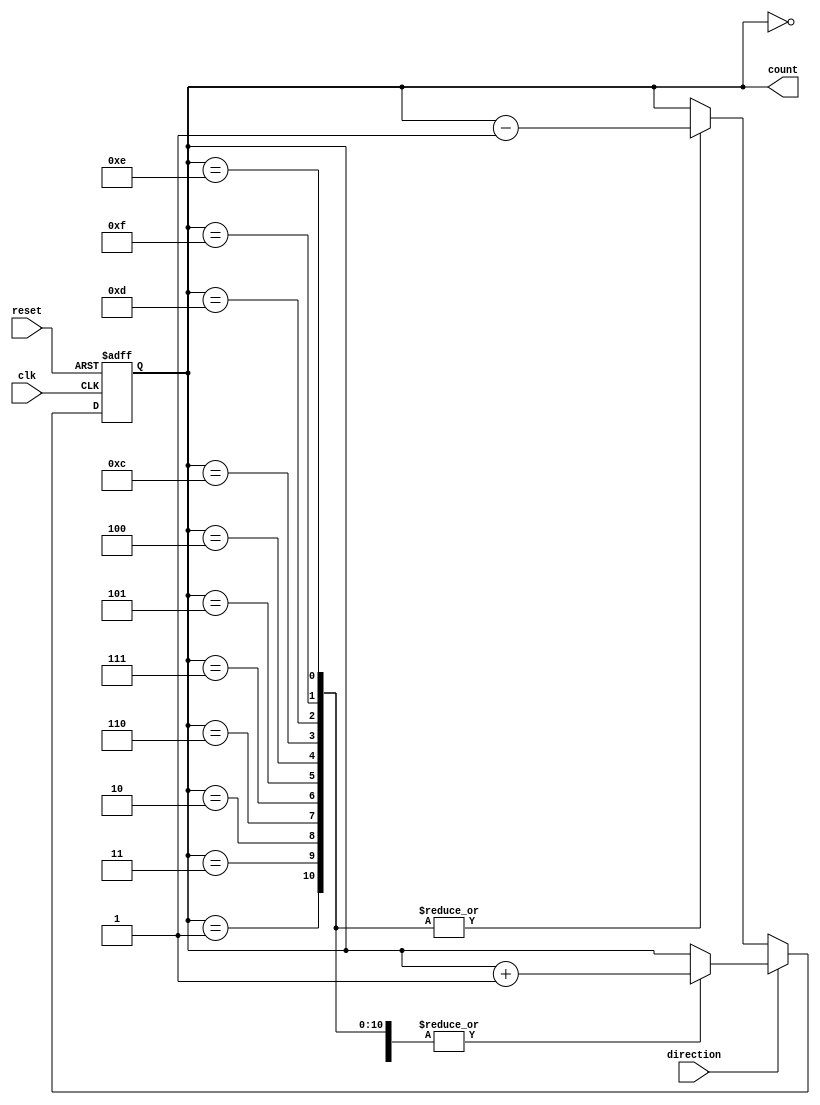
module BidirectionalGrayCounter (
  input clk,
  input reset,
  input direction, // 0 for counting down, 1 for counting up
  output reg [3:0] count
);

reg [3:0] next_count;

always @ (posedge clk or posedge reset) begin
  if (reset) begin
    count <= 4'b0000;
  end else begin
    if (direction) begin // counting up
      case(count)
        4'b0000: next_count = count + 1;
        4'b0001: next_count = count + 1;
        4'b0011: next_count = count + 1;
        4'b0010: next_count = count + 1;
        4'b0110: next_count = count + 1;
        4'b0111: next_count = count + 1;
        4'b0101: next_count = count + 1;
        4'b0100: next_count = count + 1;
        4'b1100: next_count = count + 1;
        4'b1101: next_count = count + 1;
        4'b1111: next_count = count + 1;
        4'b1110: next_count = count + 1;
        default: next_count = count;
      endcase
    end else begin // counting down
      case(count)
        4'b0000: next_count = count;
        4'b0001: next_count = count - 1;
        4'b0011: next_count = count - 1;
        4'b0010: next_count = count - 1;
        4'b0110: next_count = count - 1;
        4'b0111: next_count = count - 1;
        4'b0101: next_count = count - 1;
        4'b0100: next_count = count - 1;
        4'b1100: next_count = count - 1;
        4'b1101: next_count = count - 1;
        4'b1111: next_count = count - 1;
        4'b1110: next_count = count - 1;
        default: next_count = count;
      endcase
    end
    // Assign next count value to current count on clock edge
    count <= next_count;
  end
end

endmodule